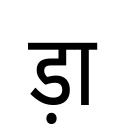
OCR:
ड़ा